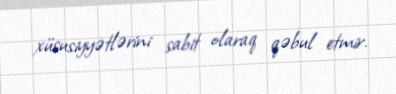
xüsusiyyətlərini sabit olaraq qəbul etmir.